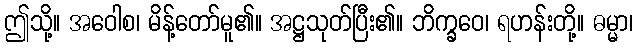
ဤသို့။ အဝေါစ၊ မိန့်တော်မူ၏။ အဋ္ဌသုတ်ပြီး၏။ ဘိက္ခဝေ၊ ရဟန်းတို့။ ဓမ္မာ၊